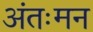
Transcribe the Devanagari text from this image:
अंतःमन